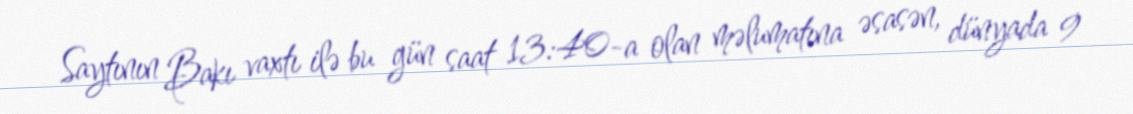
Saytının Bakı vaxtı ilə bu gün saat 13:40-a olan məlumatına əsasən, dünyada 9